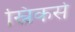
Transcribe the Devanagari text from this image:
स्निकर्स